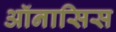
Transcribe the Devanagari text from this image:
ऑनासिस